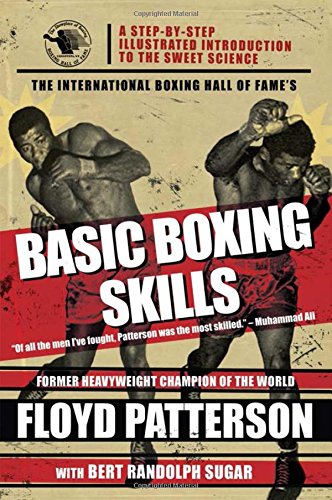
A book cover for The International Boxing Hall of Fame's Basic Boxing Skills; Floyd Patterson; Sports & Outdoors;